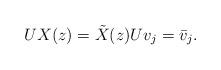
LaTeX: \begin{align*}U X(z) = \tilde{X}(z) U v_j = \bar{v}_j.\end{align*}